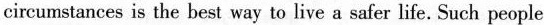
circumstances is the best way to live a safer life. Such people